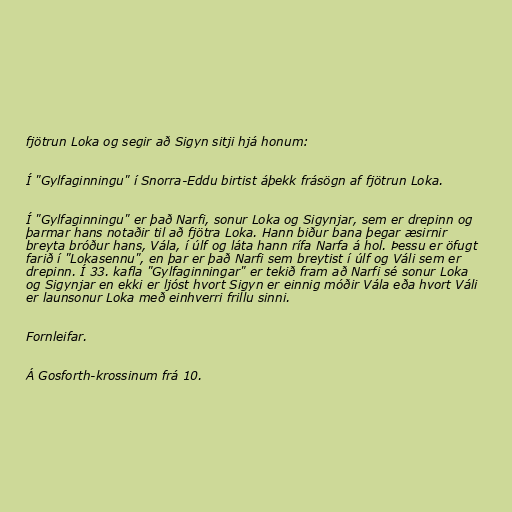
fjötrun Loka og segir að Sigyn sitji hjá honum:

Í "Gylfaginningu" í Snorra-Eddu birtist áþekk frásögn af fjötrun Loka.

Í "Gylfaginningu" er það Narfi, sonur Loka og Sigynjar, sem er drepinn og
þarmar hans notaðir til að fjötra Loka. Hann biður bana þegar æsirnir
breyta bróður hans, Vála, í úlf og láta hann rífa Narfa á hol. Þessu er öfugt
farið í "Lokasennu", en þar er það Narfi sem breytist í úlf og Váli sem er
drepinn. Í 33. kafla "Gylfaginningar" er tekið fram að Narfi sé sonur Loka
og Sigynjar en ekki er ljóst hvort Sigyn er einnig móðir Vála eða hvort Váli
er launsonur Loka með einhverri frillu sinni.

Fornleifar.

Á Gosforth-krossinum frá 10.